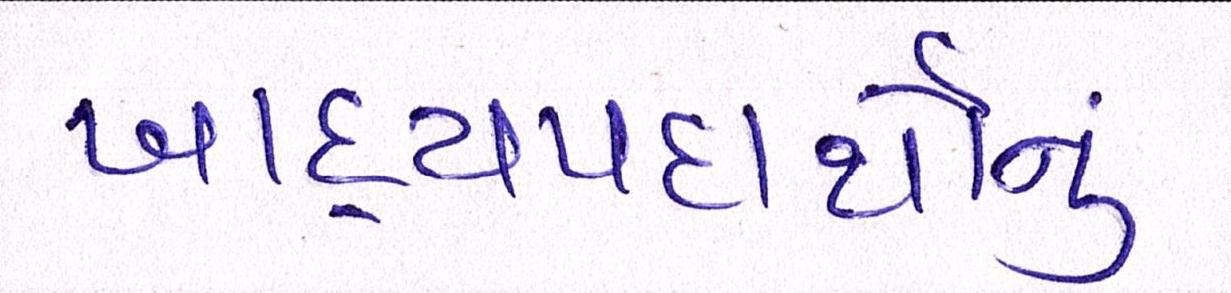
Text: ખાદ્યપદાર્થોનું